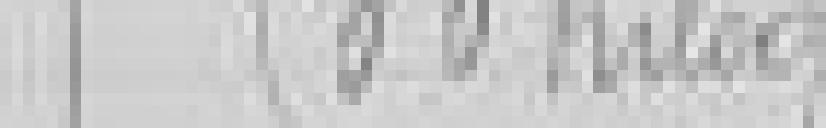
500 kilogrammes